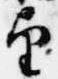
望